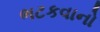
ભટકવાનો